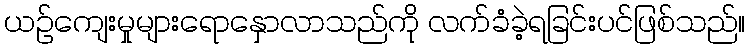
ယဉ်ကျေးမှုများရောနှောလာသည်ကို လက်ခံခဲ့ရခြင်းပင်ဖြစ်သည်။